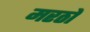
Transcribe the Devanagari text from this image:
मरठों